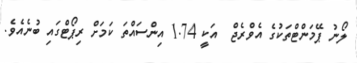
ލޯނު ޕޭމަންޓްތަކުގެ އެވްރެޖް  އަކީ 1.74 އިންސައްތަ ކަމަަށް ރިޕޯޓްގައި ބުނެއެވެ.